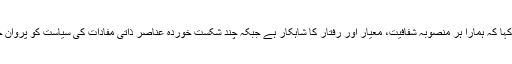
وزیراعلیٰ نے کہا کہ ہمارا ہر منصوبہ شفافیت، معیار اور رفتار کا شاہکار ہے جبکہ چند شکست خوردہ عناصر ذاتی مفادات کی سیاست کو پروان چڑھا رہے ہیں۔